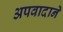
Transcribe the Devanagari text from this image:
अपवादाने